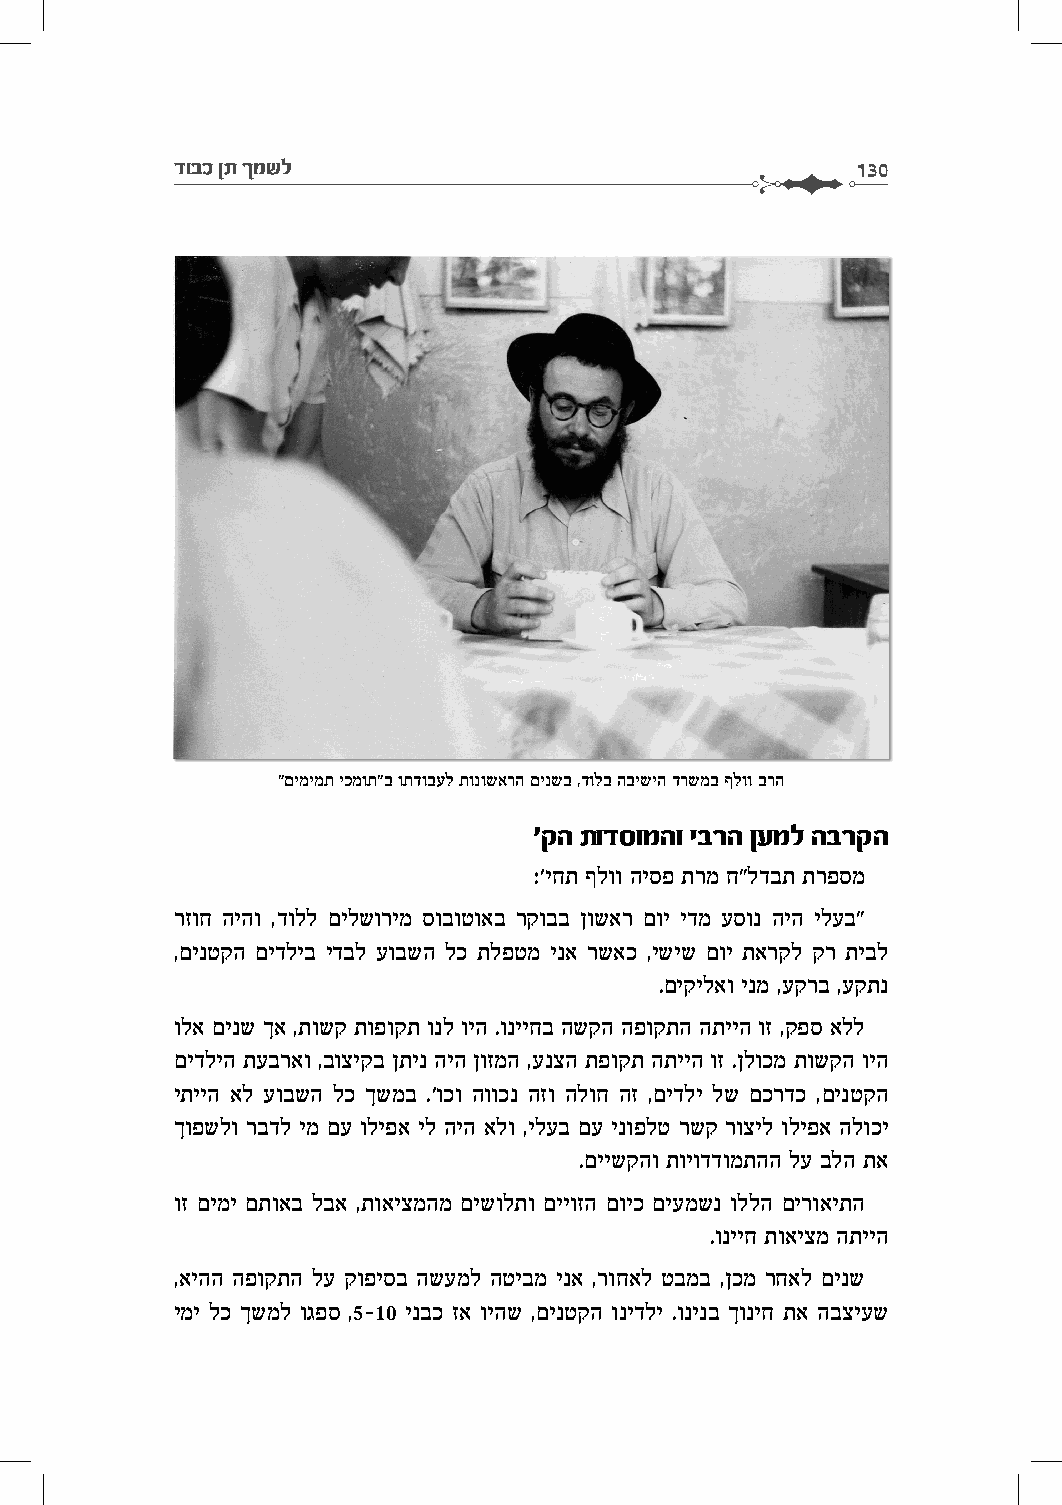
דובכ ןת ךמשל                                  130
 "םימימת יכמות"ב ותדובעל תונושארה םינשב ,דולב הבישיה דרשמב ףלוו ברה
 'קה תודסומהו יברה ןעמל הברקה
 :'יחת ףלוו היספ תרמ ח"לדבת תרפסמ
 רזוח היהו ,דולל םילשורימ סובוטואב רקובב ןושאר םוי ידמ עסונ היה ילעב"
 ,םינטקה םידליב ידבל עובשה לכ תלפטמ ינא רשאכ ,ישיש םוי תארקל קר תיבל
 .םיקילאו ינמ ,עקרב ,עקתנ
 ולא םינש ךא ,תושק תופוקת ונל ויה .ונייחב השקה הפוקתה התייה וז ,קפס אלל
 םידליה תעבראו ,בוציקב ןתינ היה ןוזמה ,ענצה תפוקת התייה וז .ןלוכמ תושקה ויה
 יתייה אל עובשה לכ ךשמב .'וכו הווכנ הזו הלוח הז ,םידלי לש םכרדכ ,םינטקה
 ךופשלו רבדל ימ םע וליפא יל היה אלו ,ילעב םע ינופלט רשק רוציל וליפא הלוכי
 .םיישקהו תויודדומתהה לע בלה תא
 וז םימי םתואב לבא ,תואיצמהמ םישולתו םייוזה םויכ םיעמשנ וללה םירואיתה
 .ונייח תואיצמ התייה
 ,איהה הפוקתה לע קופיסב השעמל הטיבמ ינא ,רוחאל טבמב ,ןכמ רחאל םינש
 ימי לכ ךשמל וגפס ,5-10 ינבכ זא ויהש ,םינטקה ונידלי .ונינב ךוניח תא הבציעש